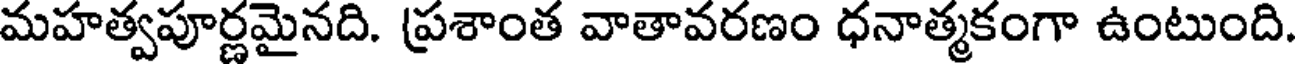
మహత్వపూర్ణమైనది. ప్రశాంత వాతావరణం ధనాత్మకంగా ఉంటుంది.